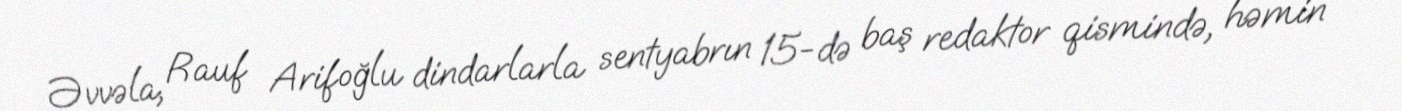
Əvvəla, Rauf Arifoğlu dindarlarla sentyabrın 15-də baş redaktor qismində, həmin